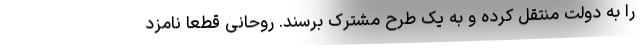
را به دولت منتقل کرده و به یک طرح مشترک برسند. روحانی قطعاً نامزد